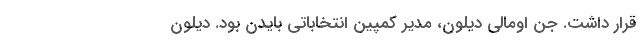
قرار داشت. جن اومالی دیلون، مدیر کمپین انتخاباتی بایدن بود. دیلون